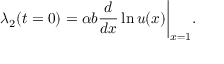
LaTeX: \lambda _ { 2 } ( t = 0 ) = \alpha b { \frac { d } { d x } } \ln u ( x ) \bigg | _ { x = 1 } .